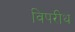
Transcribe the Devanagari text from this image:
विपरीथ